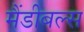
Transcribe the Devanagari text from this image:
मैंडीबल्स